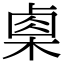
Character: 㮚